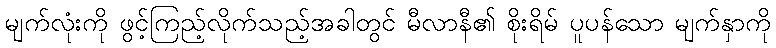
မျက်လုံးကို ဖွင့်ကြည့်လိုက်သည့်အခါတွင် မီလာနီ၏ စိုးရိမ် ပူပန်သော မျက်နှာကို